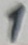
Text: 1